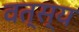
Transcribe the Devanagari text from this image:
वत्स्य